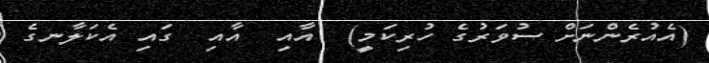
(އެއުރެންނަށް ސުވަރުގެ ހުރިކަމީ)  އާއި  އާއި  ގައި އެކަލާނގެ